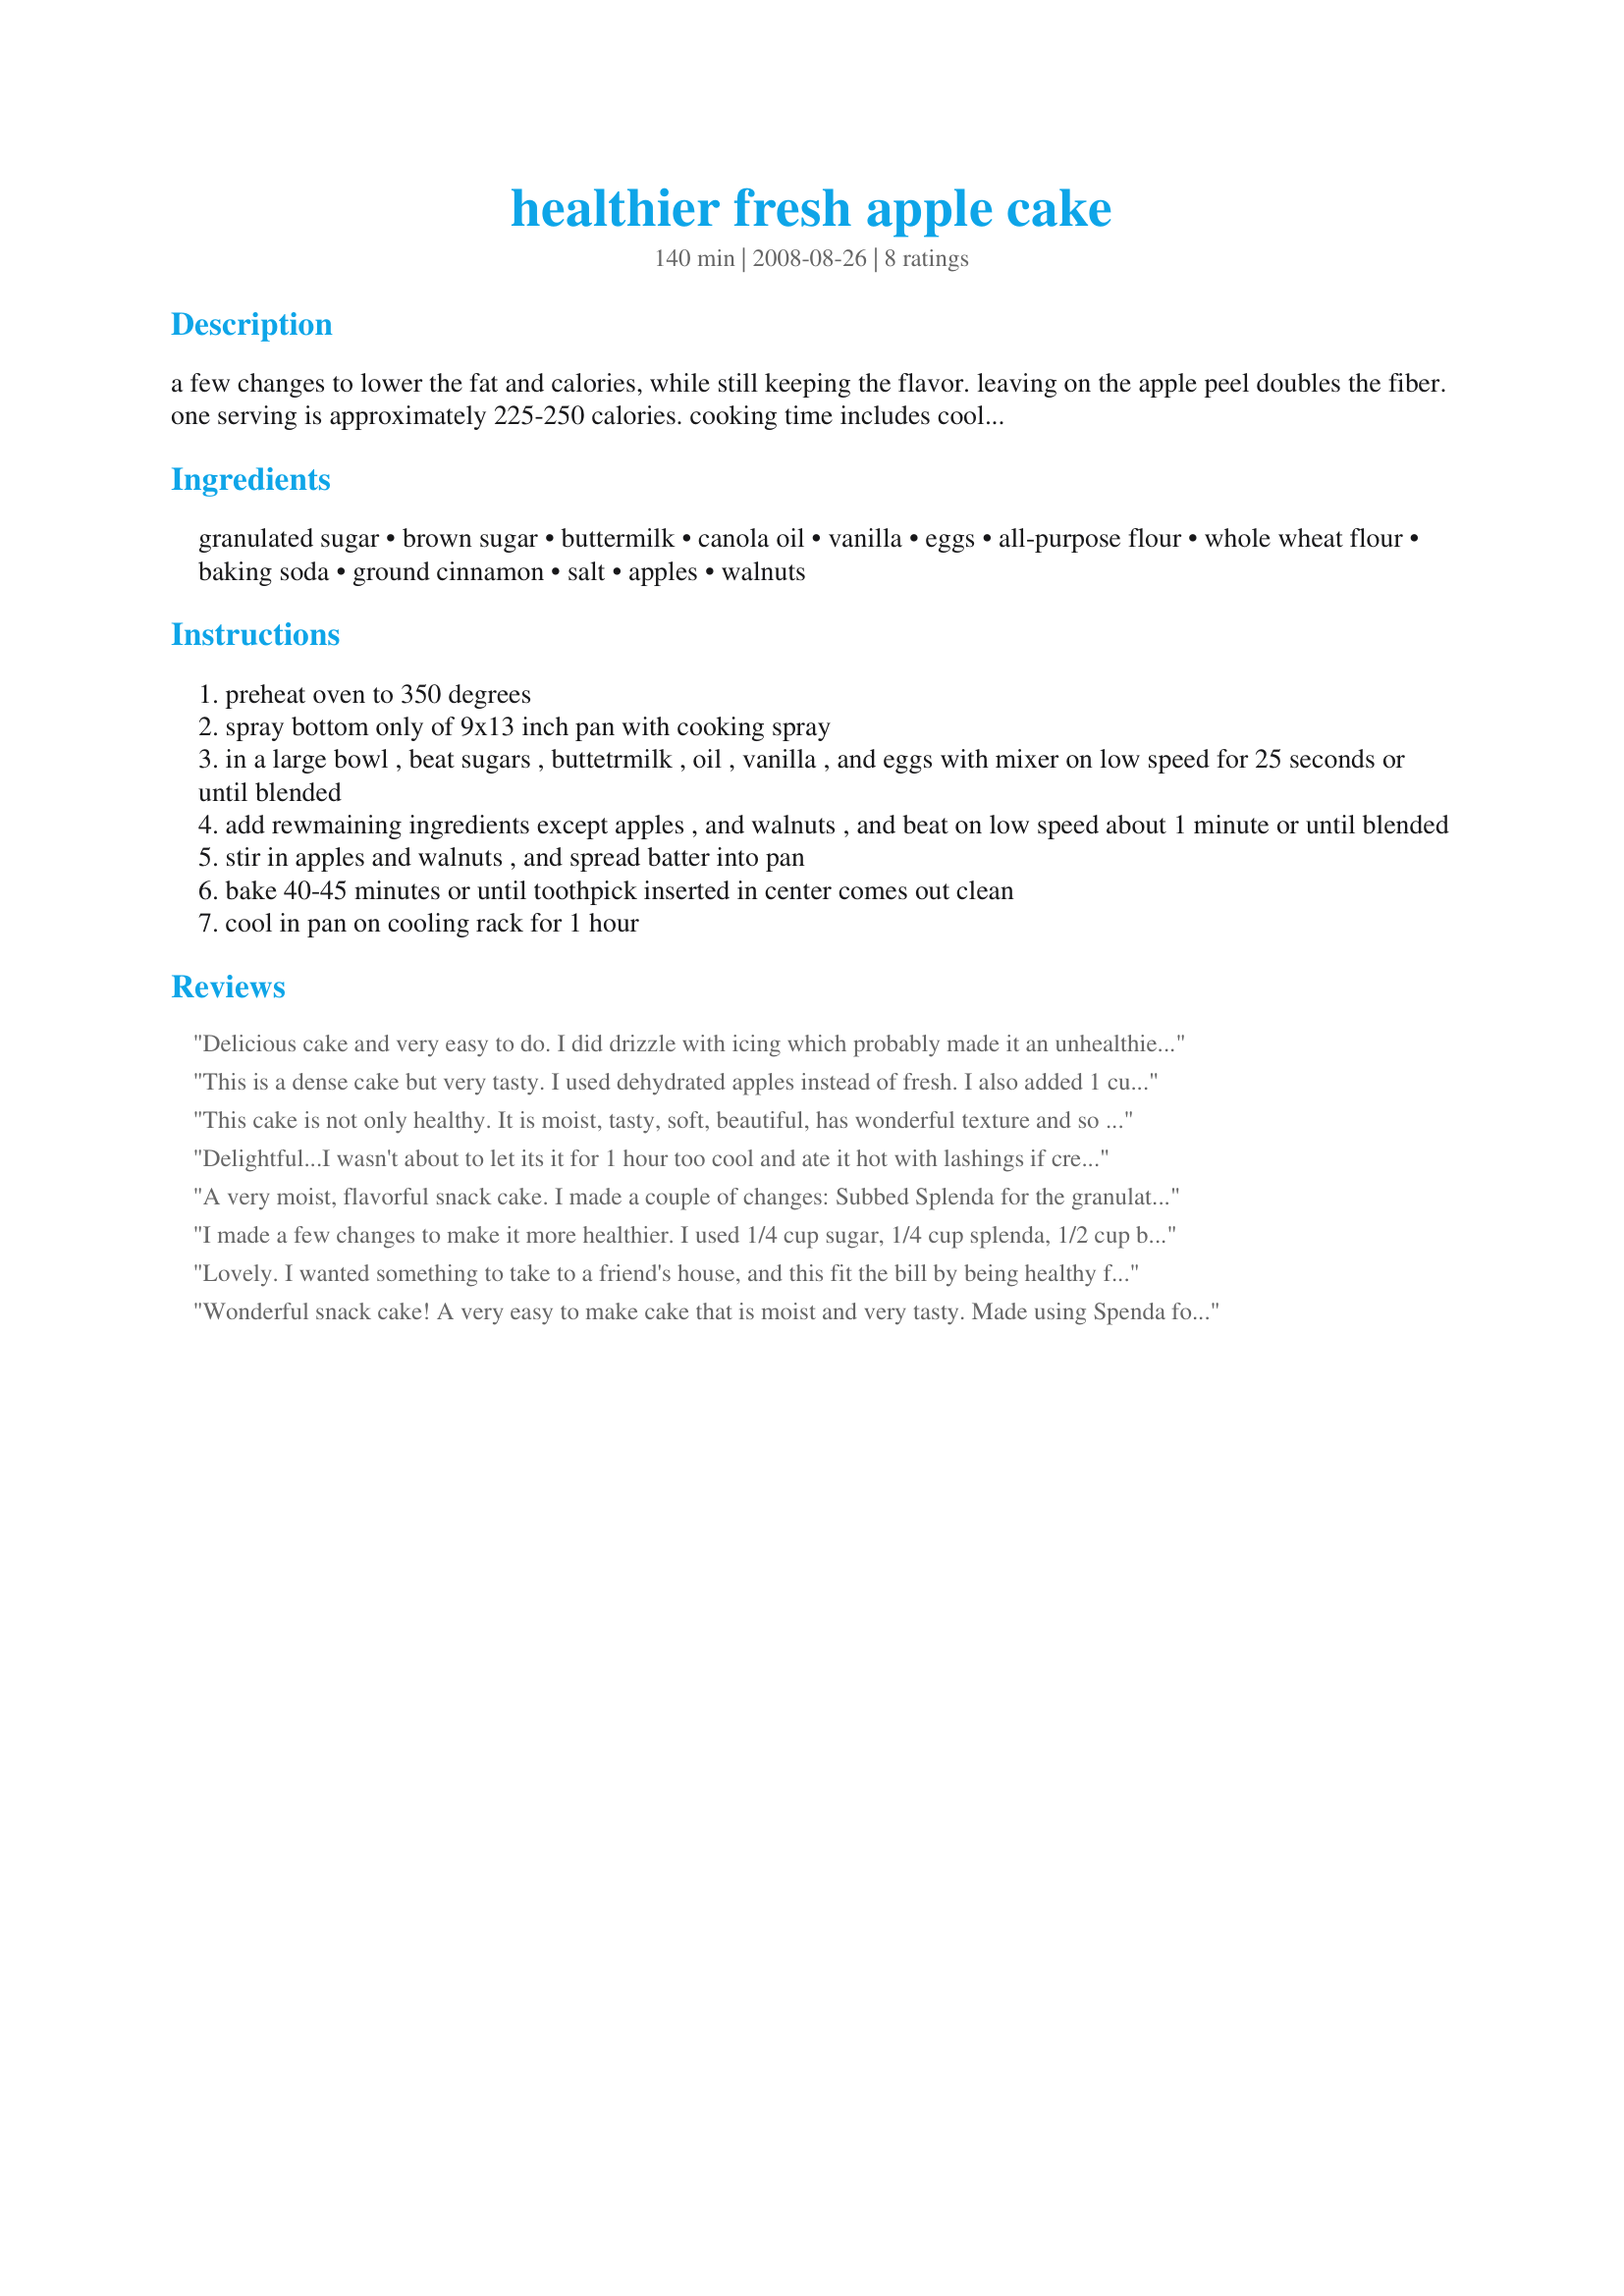
healthier fresh apple cake
Preparation time: 140 minutes

a few changes to lower the fat and calories, while still keeping the flavor. leaving on the apple peel doubles the fiber. one serving is approximately 225-250 calories. cooking time includes cooling time,.

Ingredients:
granulated sugar, brown sugar, buttermilk, canola oil, vanilla, eggs, all-purpose flour, whole wheat flour, baking soda, ground cinnamon, salt, apples, walnuts

Steps:
preheat oven to 350 degrees
spray bottom only of 9x13 inch pan with cooking spray
in a large bowl , beat sugars , buttetrmilk , oil , vanilla , and eggs with mixer on low speed for 25 seconds or until blended
add rewmaining ingredients except apples , and walnuts , and beat on low speed about 1 minute or until blended
stir in apples and walnuts , and spread batter into pan
bake 40-45 minutes or until toothpick inserted in center comes out clean
cool in pan on cooling rack for 1 hour

Reviews:
Delicious cake and very easy to do. I did drizzle with icing which probably made it an unhealthier version but looked pretty !
This is a dense cake but very tasty. I used dehydrated apples instead of fresh. I also added 1 cup of golden raisins to the mix. Made for PRMR Tag
This cake is not only healthy. It is moist, tasty, soft, beautiful, has wonderful texture and so on.<br/>I our fresh apples and walnuts with strong flavor for this. I substituted the buttermilk with mixed fruit juice (a not sour kind) and it worked very well too.<br/>I'm glad I had whole wheat flour on hand, this is a good choice!<br/>Thanks fot the recipe.
Delightful...I wasn't about to let its it for 1 hour too cool and ate it hot with lashings if cream...Mmm.
It's a light and moist cake, which is great for the lunchbox. I used 3 large Granny Smith apples...was a little worried about the amount of cinnamon but it turned out to be just right. It's sweet so no need for an icing...I just dusted with powered sugar so it looked pretty.
A very moist, flavorful snack cake. I made a couple of changes: Subbed Splenda for the granulated sugar, but kept the brown sugar (and adjusted baking time down as per Splenda website instructions) and used pecans instead of walnuts. I was leery about the amount of cinnamon, but it turned out to be the perfect amount. Served with a dollop of sugar-free Cool Whip. I used Granny Smith apples.
I made a few changes to make it more healthier. I used 1/4 cup sugar, 1/4 cup splenda, 1/2 cup brown sugar. I omitted the walnuts. This cake is so yummy. Great texture. Thanks Doug :) Made for Zaar Star Game
Lovely. I wanted something to take to a friend's house, and this fit the bill by being healthy for me and edible for others. I don't keep buttermilk on hand, so I substituted almond milk and yogurt in a 30-70 ratio. I also didn't use whole wheat flour because we're currently out. I used all brown sugar, no granulated... and it came out great: 40 minutes on the dot.
Wonderful snack cake! A very easy to make cake that is moist and very tasty. Made using Spenda for baking, Splenda brown, Buttermilk Substitution for Baking #430334 and eggbeaters. Recipe can be cut in half and baked in a 8x8 pan very nicely. Love that the apples are left unpeeled. Will make again. Thanks so much for the post.
